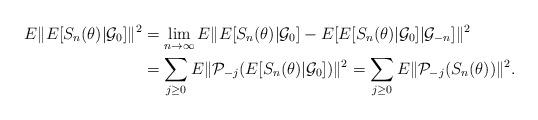
LaTeX: \begin{align*}E\|E[S_n(\theta)|\mathcal{G}_0]\|^2&=\lim_{n\to\infty}E\|E[S_n(\theta)|\mathcal{G}_0]-E[E[S_n(\theta)|\mathcal{G}_0]|\mathcal{G}_{-n}]\|^2\\& = \sum_{j\geq 0} E\|\mathcal{P}_{-j}(E[S_n(\theta)|\mathcal{G}_0])\|^2=\sum_{j\geq 0} E\|\mathcal{P}_{-j}(S_n(\theta))\|^2.\end{align*}